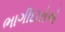
ભાગીદારોએ